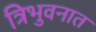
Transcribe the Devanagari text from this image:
त्रिभुवनात